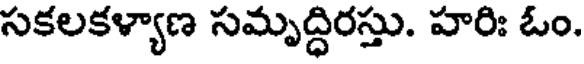
సకలకళ్యాణ సమృద్ధిరస్తు. హరిః ఓం.